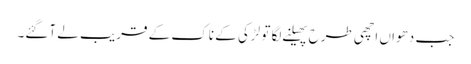
جب دھواں اچھی طرح پھیلنے لگا تو لڑکی کے ناک کے قریب لے آگئے۔